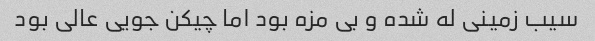
سیب زمینی له شده و بی مزه بود اما چیکن جویی عالی بود